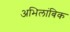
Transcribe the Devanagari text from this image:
अभिलांबिक